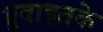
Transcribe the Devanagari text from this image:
ध्रुवाइतके